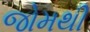
જોમથી